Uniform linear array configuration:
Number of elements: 32
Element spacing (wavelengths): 0.25
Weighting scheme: blackman
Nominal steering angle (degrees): -45
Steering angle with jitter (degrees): -46.222
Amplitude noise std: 0.05
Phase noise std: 0.05

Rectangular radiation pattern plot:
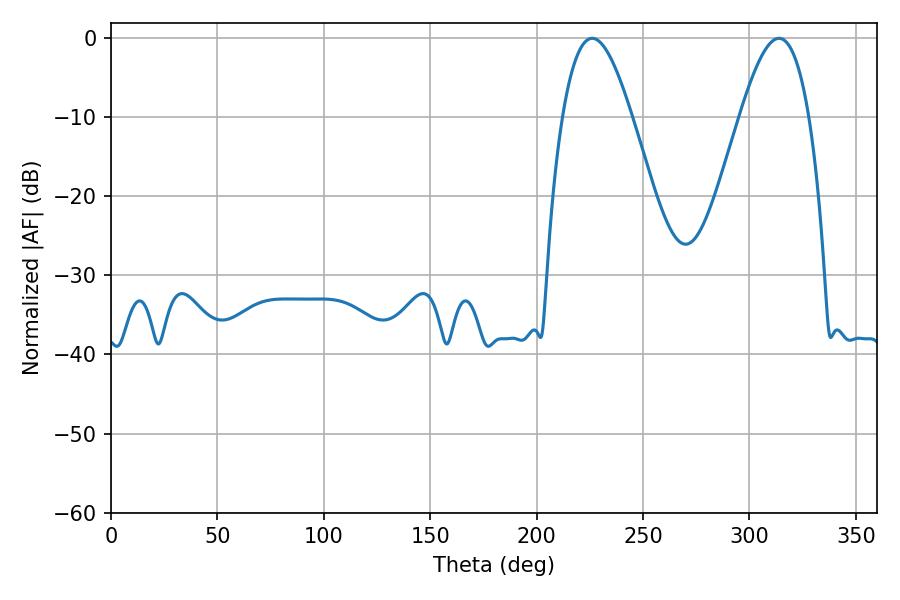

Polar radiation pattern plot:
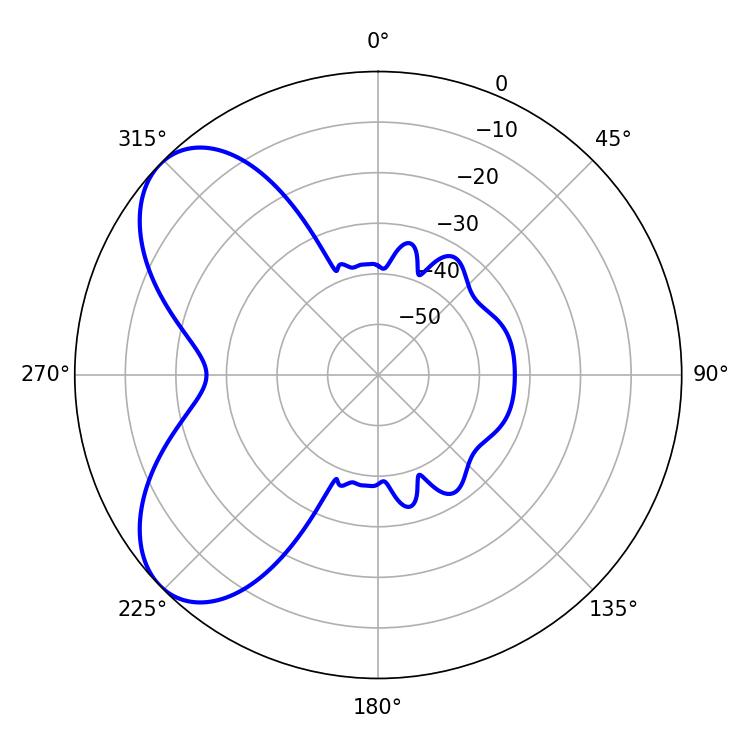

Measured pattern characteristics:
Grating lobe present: FALSE
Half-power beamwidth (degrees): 17.64
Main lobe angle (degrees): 226.08